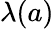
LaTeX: \lambda(a)